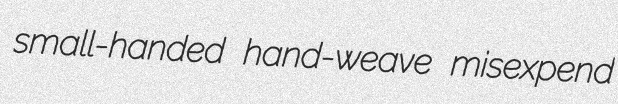
small-handed hand-weave misexpend